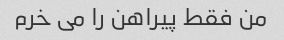
من فقط پیراهن را می خرم